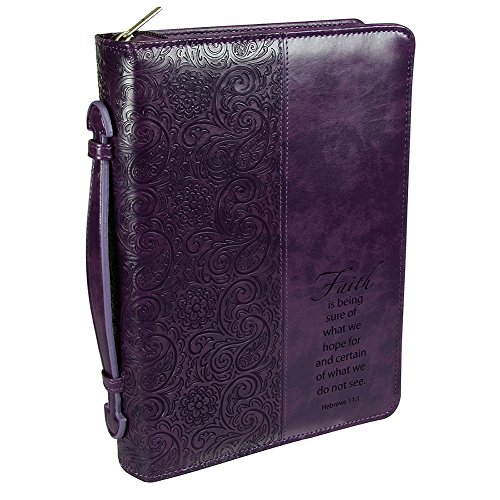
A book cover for Purple "Faith" Bible / Book Cover - Hebrews 11:1 (Medium); Christian Art Gifts; Christian Books & Bibles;